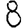
Digit: 8